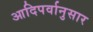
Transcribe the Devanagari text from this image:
आदिपर्वानुसार